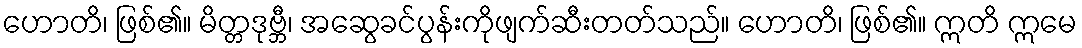
ဟောတိ၊ ဖြစ်၏။ မိတ္တဒုဗ္ဘီ၊ အဆွေခင်ပွန်းကိုဖျက်ဆီးတတ်သည်။ ဟောတိ၊ ဖြစ်၏။ ဣတိ ဣမေ